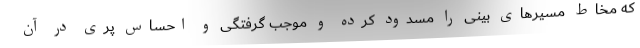
که مخاط مسیرهای بینی را مسدود کرده و موجب گرفتگی و احساس پری در آن